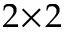
2 \! \times \! 2